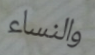
والنساء